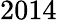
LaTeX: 2014